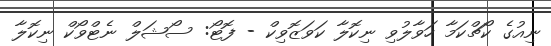
ނިއުގެ ކޯޗްކަމާ ހަވާލުވި ނިކޮލާ ކަވަޒޮވިކް - ފޮޓޯ: ސޯޝަލް ނެޓްވޯކް ނިކޮލާ